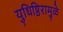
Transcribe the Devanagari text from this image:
युधिष्ठिरामुळे